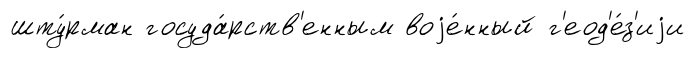
шту́рман госуда́рств'енным воjе́нный г'еод'е́з'иjи